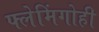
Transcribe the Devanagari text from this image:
फ्लेमिंगोही